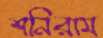
শনিরাম